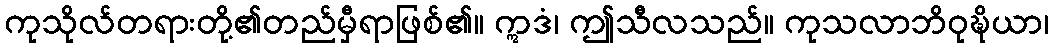
ကုသိုလ်တရားတို့၏တည်မှီရာဖြစ်၏။ ဣဒံ၊ ဤသီလသည်။ ကုသလာဘိဝုဍ္ဎိယာ၊